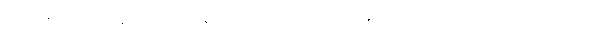
ဧကသီ ၂-ထည်သော သင်္ကန်းကို။ ဂဟေတဗ္ဗံ၊ ခံယူနိုင်၏။ တတော၊ ထို ၂၊ တည်သော